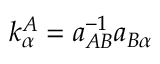
k _ { \alpha } ^ { A } = a _ { A B } ^ { - 1 } a _ { B \alpha }